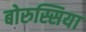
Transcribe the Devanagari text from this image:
बोरुस्सिया